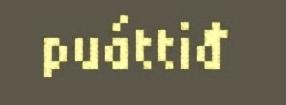
puáttiđ